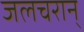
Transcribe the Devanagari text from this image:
जलचरान्